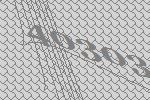
40303